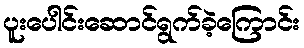
ပူးပေါင်းဆောင်ရွက်ခဲ့ကြောင်း